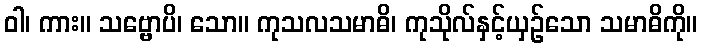
ဝါ၊ ကား။ သဗ္ဗောပိ၊ သော။ ကုသလသမာဓိ၊ ကုသိုလ်နှင့်ယှဉ်သော သမာဓိကို။